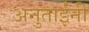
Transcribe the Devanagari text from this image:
अनुताईंनी